Plague in India, 1896, 1897 - Volume 1
Year: 1896
Disease focus: Plague
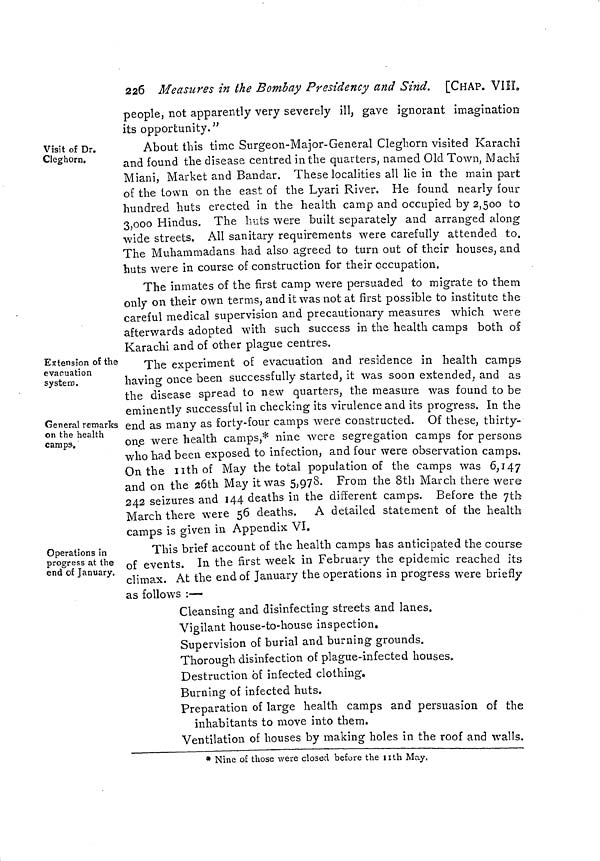
226 Measures in the Bombay Presidency and Sind. [CHAP. VIII.
people, not apparently very severely ill, gave ignorant imagination
its opportunity."
Visit of Dr.
Cleghorn.
About this time Surgeon-Major-General Cleghorn visited Karachi
and found the disease centred in the quarters, named Old Town, Machi
Miani, Market and Bandar. These localities all lie in the main part
of the town on the east of the Lyari River. He found nearly four
hundred huts erected in the health camp and occupied by 2,500 to
3,000 Hindus. The huts were built separately and arranged along
wide streets. All sanitary requirements were carefully attended to.
The Muhammadans had also agreed to turn out of their houses, and
huts were in course of construction for their occupation,
The inmates of the first camp were persuaded to migrate to them
only on their own terms, and it was not at first possible to institute the
careful medical supervision and precautionary measures which were
afterwards adopted with such success in the health camps both of
Karachi and of other plague centres.
Extension or the
evacuation
system.
General remarks
on the health
camps.
The experiment of evacuation and residence in health camps
having once been successfully started, it was soon extended, and as
the disease spread to new quarters, the measure was found to be
eminently successful in checking its virulence and its progress. In the
end as many as forty-four camps were constructed. Of these, thirty-
one were health camps,* nine were segregation camps for persons
who had been exposed to infection, and four were observation camps,
On the 11th of May the total population of the camps was 6,147
and on the 26th May it was 5,978. From the 8th March there were
242 seizures and 144 deaths in the different camps. Before the 7th
March there were 56 deaths. A detailed statement of the health
camps is given in Appendix VI.
Operations in
progress at the
end of January.
This brief account of the health camps has anticipated the course
of events. In the first week in February the epidemic reached its
climax. At the end of January the operations in progress were briefly
as follows :—
Cleansing and disinfecting streets and lanes.
Vigilant house-to-house inspection.
Supervision of burial and burning grounds.
Thorough disinfection of plague-infected houses.
Destruction of infected clothing.
Burning of infected huts.
Preparation of large health camps and persuasion of the
inhabitants to move into them.
Ventilation of houses by making holes in the roof and walls.
* Nine of those were closed before the nth May,